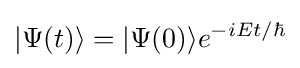
|\Psi (t)\rangle =|\Psi (0)\rangle e^{-iEt/\hbar }